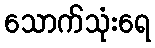
သောက်သုံးရေ